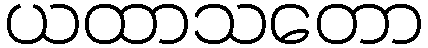
ယထာသတော